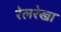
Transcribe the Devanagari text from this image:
रेलरेखा